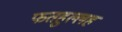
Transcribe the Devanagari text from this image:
फतहुल्लह